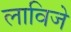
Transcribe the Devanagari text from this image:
लाविजे